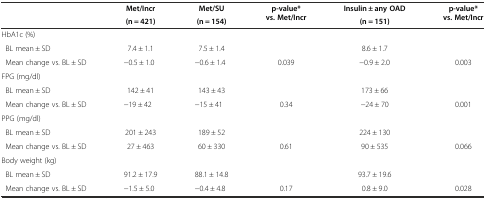
<table><thead><tr><td rowspan="2"></td><td><b>Met/Incr</b></td><td><b>Met/SU</b></td><td rowspan="2"><b>p-value* vs. Met/Incr</b></td><td><b>Insulin ± any OAD</b></td><td rowspan="2"><b>p-value* vs. Met/Incr</b></td></tr><tr><td><b>(n = 421)</b></td><td><b>(n = 154)</b></td><td><b>(n = 151)</b></td></tr></thead><tbody><tr><td>HbA1c (%)</td><td></td><td></td><td></td><td></td><td></td></tr><tr><td> BL mean ± SD</td><td>7.4 ± 1.1</td><td>7.5 ± 1.4</td><td></td><td>8.6 ± 1.7</td><td></td></tr><tr><td> Mean change vs. BL ± SD</td><td>−0.5 ± 1.0</td><td>−0.6 ± 1.4</td><td>0.039</td><td>−0.9 ± 2.0</td><td>0.003</td></tr><tr><td>FPG (mg/dl)</td><td></td><td></td><td></td><td></td><td></td></tr><tr><td> BL mean ± SD</td><td>142 ± 41</td><td>143 ± 43</td><td></td><td>173 ± 66</td><td></td></tr><tr><td> Mean change vs. BL ± SD</td><td>−19 ± 42</td><td>−15 ± 41</td><td>0.34</td><td>−24 ± 70</td><td>0.001</td></tr><tr><td>PPG (mg/dl)</td><td></td><td></td><td></td><td></td><td></td></tr><tr><td> BL mean ± SD</td><td>201 ± 243</td><td>189 ± 52</td><td></td><td>224 ± 130</td><td></td></tr><tr><td> Mean change vs. BL ± SD</td><td>27 ± 463</td><td>60 ± 330</td><td>0.61</td><td>90 ± 535</td><td>0.066</td></tr><tr><td>Body weight (kg)</td><td></td><td></td><td></td><td></td><td></td></tr><tr><td> BL mean ± SD</td><td>91.2 ± 17.9</td><td>88.1 ± 14.8</td><td></td><td>93.7 ± 19.6</td><td></td></tr><tr><td> Mean change vs. BL ± SD</td><td>−1.5 ± 5.0</td><td>−0.4 ± 4.8</td><td>0.17</td><td>0.8 ± 9.0</td><td>0.028</td></tr></tbody></table>